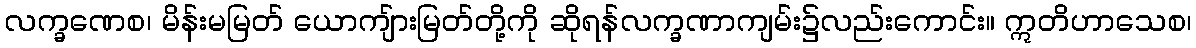
လက္ခဏေစ၊ မိန်းမမြတ် ယောကျ်ားမြတ်တို့ကို ဆိုရန်လက္ခဏာကျမ်း၌လည်းကောင်း။ ဣတိဟာသေစ၊